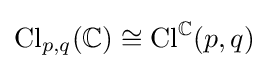
\mathrm {Cl} _{p,q}(\mathbb {C} )\cong \mathrm {Cl} ^{\mathbb {C} }(p,q)